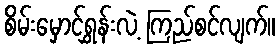
စိမ်းမှောင်ရွှန်းလဲ့ ကြည်စင်လျက်။